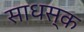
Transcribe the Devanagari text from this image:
साधस्क